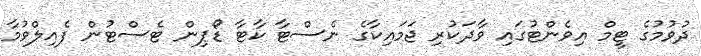
ދުވުމުގެ ޓީމް އިވެންޓުގައި ވާދަކުރި ޖަމައިކާގެ ނެސްޓާ ކާޓާ ޑޯޕިން ޓެސްޓުން ފެއިލްވުމާ